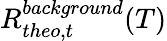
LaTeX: R_{theo,t}^{background}(T)